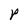
Character: P